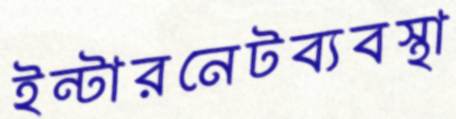
ইন্টারনেটব্যবস্থা